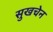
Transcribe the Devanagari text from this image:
सुखचेन